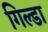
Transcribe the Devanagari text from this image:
गिल्डा